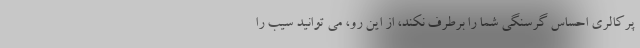
پرکالری احساس گرسنگی شما را برطرف نکند، از این رو، می توانید سیب را